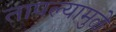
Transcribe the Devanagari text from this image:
तापल्यामुळे